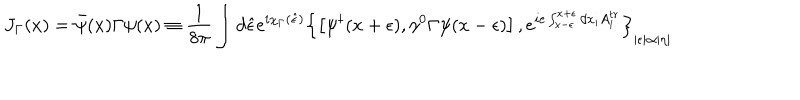
J _ { \Gamma } ( x ) = \bar { \psi } ( x ) \Gamma \psi ( x ) \equiv \frac { 1 } { 8 \pi } \int d \hat { \epsilon } e ^ { i \chi _ { \Gamma } ( \hat { \epsilon } ) } \left\{ \left[ \psi ^ { \dagger } ( x + \epsilon ) , \gamma ^ { 0 } \Gamma \psi ( x - \epsilon ) \right] , e ^ { i e \int _ { x - \epsilon } ^ { x + \epsilon } d x _ { i } A _ { i } ^ { t r } } \right\} _ { | \epsilon | \propto | \eta | }